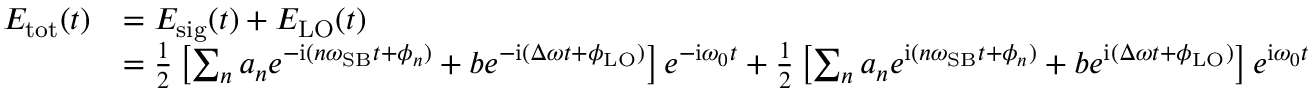
\begin{array} { r l } { E _ { \mathrm { { t o t } } } ( t ) } & { = E _ { \mathrm { s i g } } ( t ) + E _ { \mathrm { { L O } } } ( t ) } \\ & { = \frac { 1 } { 2 } \left[ \sum _ { n } a _ { n } e ^ { - { \mathrm { i } } ( n \omega _ { \mathrm { { S B } } } t + \phi _ { n } ) } + b e ^ { - { \mathrm { i } } ( \Delta \omega t + \phi _ { \mathrm { L O } } ) } \right] e ^ { - { \mathrm { i } } \omega _ { 0 } t } + \frac { 1 } { 2 } \left[ \sum _ { n } a _ { n } e ^ { \mathrm { { i } } ( n \omega _ { \mathrm { S B } } t + \phi _ { n } ) } + b e ^ { \mathrm { { i } } ( \Delta \omega t + \phi _ { \mathrm { L O } } ) } \right] e ^ { { \mathrm { i } } \omega _ { 0 } t } } \end{array}